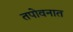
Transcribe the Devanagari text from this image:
तपोवनात